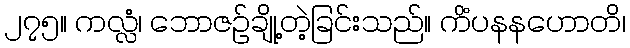
၂၇၅။ ကလ္လံ၊ ဘောဇဉ်ချို့တဲ့ခြင်းသည်။ ကိံပနနဟောတိ၊